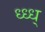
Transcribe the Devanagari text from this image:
ध्ध्ध्